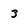
Character: 3